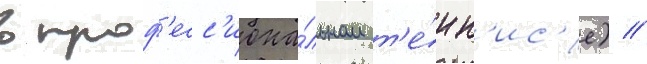
в проф'есс'иона́льном т'е́нн'ис'е) //